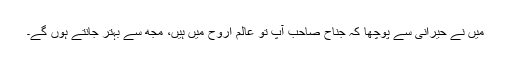
میں نے حیرانی سے پوچھا کہ جناحؒ صاحب آپ تو عالم اروح میں ہیں، مجھ سے بہتر جانتے ہوں گے۔